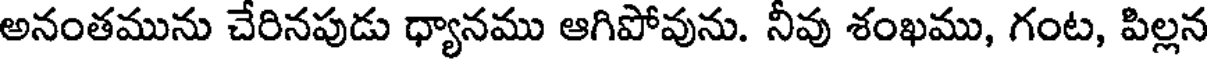
అనంతమును చేరినపుడు ధ్యానము ఆగిపోవును. నీవు శంఖము, గంట, పిల్లన